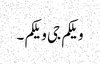
ویلکم جی ویلکم ۔